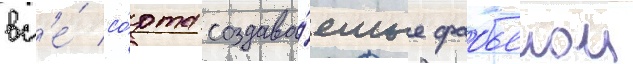
вс'е́ со́рта создава́емые фабьеном